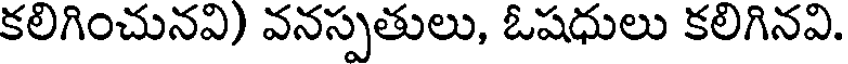
కలిగించునవి) వనస్పతులు, ఓషధులు కలిగినవి.